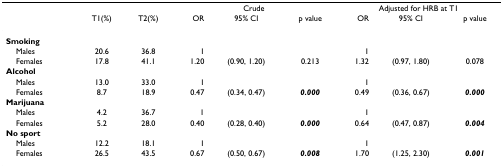
<table><thead><tr><td></td><td></td><td></td><td colspan="3"><b>Crude</b></td><td colspan="3"><b>Adjusted for HRB at T1</b></td></tr><tr><td></td><td><b>T1(%)</b></td><td><b>T2(%)</b></td><td><b>OR</b></td><td><b>95% CI</b></td><td><b>p value</b></td><td><b>OR</b></td><td><b>95% CI</b></td><td><b>p value</b></td></tr></thead><tbody><tr><td><b>Smoking</b></td><td></td><td></td><td></td><td></td><td></td><td></td><td></td><td></td></tr><tr><td> Males</td><td>20.6</td><td>36.8</td><td>1</td><td></td><td></td><td>1</td><td></td><td></td></tr><tr><td> Females</td><td>17.8</td><td>41.1</td><td>1.20</td><td>(0.90, 1.20)</td><td>0.213</td><td>1.32</td><td>(0.97, 1.80)</td><td>0.078</td></tr><tr><td><b>Alcohol</b></td><td></td><td></td><td></td><td></td><td></td><td></td><td></td><td></td></tr><tr><td> Males</td><td>13.0</td><td>33.0</td><td>1</td><td></td><td></td><td>1</td><td></td><td></td></tr><tr><td> Females</td><td>8.7</td><td>18.9</td><td>0.47</td><td>(0.34, 0.47)</td><td><b><i>0.000</i></b></td><td>0.49</td><td>(0.36, 0.67)</td><td><b><i>0.000</i></b></td></tr><tr><td><b>Marijuana</b></td><td></td><td></td><td></td><td></td><td></td><td></td><td></td><td></td></tr><tr><td> Males</td><td>4.2</td><td>36.7</td><td>1</td><td></td><td></td><td>1</td><td></td><td></td></tr><tr><td> Females</td><td>5.2</td><td>28.0</td><td>0.40</td><td>(0.28, 0.40)</td><td><b><i>0.000</i></b></td><td>0.64</td><td>(0.47, 0.87)</td><td><b><i>0.004</i></b></td></tr><tr><td><b>No sport</b></td><td></td><td></td><td></td><td></td><td></td><td></td><td></td><td></td></tr><tr><td> Males</td><td>12.2</td><td>18.1</td><td>1</td><td></td><td></td><td>1</td><td></td><td></td></tr><tr><td> Females</td><td>26.5</td><td>43.5</td><td>0.67</td><td>(0.50, 0.67)</td><td><b><i>0.008</i></b></td><td>1.70</td><td>(1.25, 2.30)</td><td><b><i>0.001</i></b></td></tr></tbody></table>